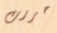
حررت